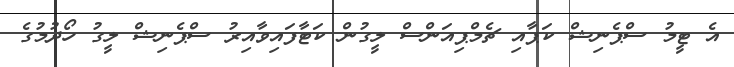
އެ ޓީމު ސްޕެނިޝް ކަޕާއި ޗެމްޕިއަންސް ލީގުން ކަޓާފައިވާއިރު ސްޕެނިޝް ލީގު ހޯދުމުގެ